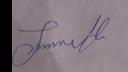
Signature authenticity: genuine